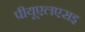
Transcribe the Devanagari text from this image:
पीयूएलएसइ